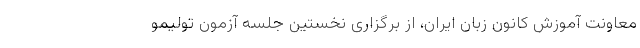
معاونت آموزش کانون زبان ایران، از برگزاری نخستین جلسه آزمون تولیمو